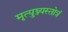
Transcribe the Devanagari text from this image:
मृत्युञ्ज्यस्तोत्रं